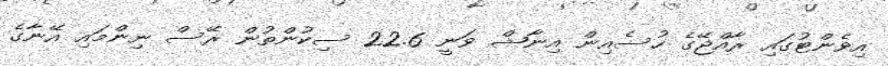
އިވެންޓުގައި ރާއްޖޭގެ ހުސެއިން އިނާޝް ވަނީ 22.6 ސިކުންތުން ރޭސް ނިންމައި އޭނާގެ